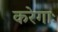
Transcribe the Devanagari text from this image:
करेगाः